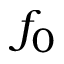
f _ { 0 }